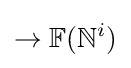
\rightarrow \mathbb {F} (\mathbb {N} ^{i})